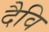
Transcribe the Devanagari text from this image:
दैवि